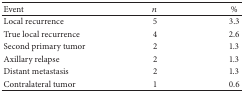
<table><thead><tr><td><b>Event</b></td><td><b><i>n</i></b></td><td><b>%</b></td></tr></thead><tbody><tr><td>Local recurrence</td><td>5</td><td>3.3</td></tr><tr><td>True local recurrence</td><td>4</td><td>2.6</td></tr><tr><td>Second primary tumor</td><td>2</td><td>1.3</td></tr><tr><td>Axillary relapse</td><td>2</td><td>1.3</td></tr><tr><td>Distant metastasis</td><td>2</td><td>1.3</td></tr><tr><td>Contralateral tumor</td><td>1</td><td>0.6</td></tr></tbody></table>